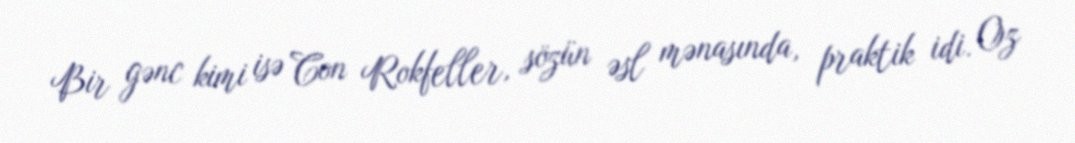
Bir gənc kimi isə Con Rokfeller, sözün əsl mənasında, praktik idi. Oz